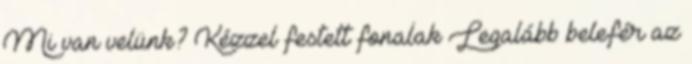
Mi van velünk? Kézzel festett fonalak Legalább belefér az